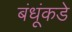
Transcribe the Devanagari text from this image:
बंधूंकडे